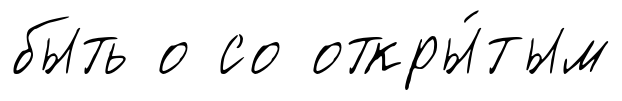
быть о со откры́тым